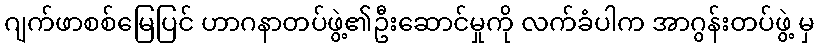
ဂျက်ဖာစစ်မြေပြင် ဟာဂနာတပ်ဖွဲ့၏ဦးဆောင်မှုကို လက်ခံပါက အာဂွန်းတပ်ဖွဲ့ မှ